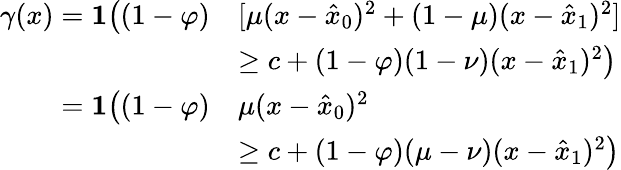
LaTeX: \begin{array}{rl}{\gamma(x)=\mathbf{1}\big((1-\varphi)}&{[\mu(x-\hat{x}_{0})^{2}+(1-\mu)(x-\hat{x}_{1})^{2}]}\\ &{\ge c+(1-\varphi)(1-\nu)(x-\hat{x}_{1})^{2}\big)}\\ {=\mathbf{1}\big((1-\varphi)}&{\mu(x-\hat{x}_{0})^{2}}\\ &{\ge c+(1-\varphi)(\mu-\nu)(x-\hat{x}_{1})^{2}\big)}\end{array}